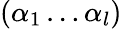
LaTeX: (\alpha_{1}\ldots\alpha_{l})